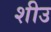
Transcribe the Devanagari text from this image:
शीउ